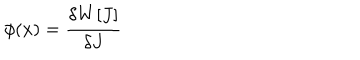
\phi ( x ) = { \frac { \delta W [ J ] } { \delta J } }